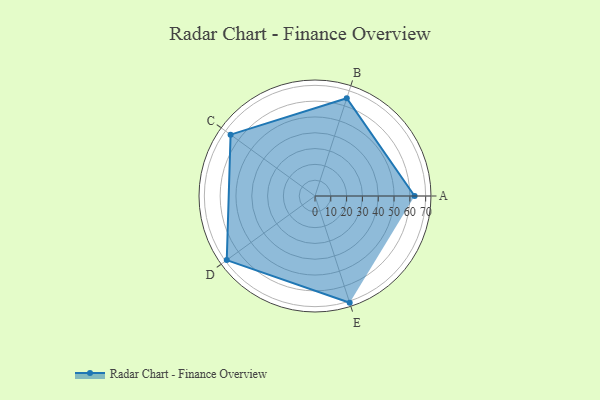
{"axis": {"x": "Skill", "y": "Score"}, "legend": ["Profile"], "data": [{"x": "A", "y": 63.0, "type": "Profile"}, {"x": "B", "y": 65.0, "type": "Profile"}, {"x": "C", "y": 66.0, "type": "Profile"}, {"x": "D", "y": 69.0, "type": "Profile"}, {"x": "E", "y": 71.0, "type": "Profile"}]}